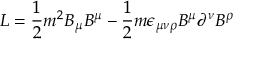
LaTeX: { \cal L } = \frac { 1 } { 2 } m ^ { 2 } B _ { \mu } B ^ { \mu } - \frac { 1 } { 2 } m \epsilon _ { \mu \nu \rho } B ^ { \mu } \partial ^ { \nu } B ^ { \rho }